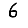
Digit: 6